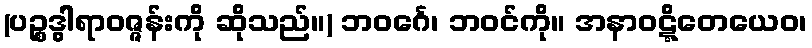
(ပဉ္စဒွါရာဝဇ္ဇန်းကို ဆိုသည်။) ဘဝင်္ဂေ၊ ဘဝင်ကို။ အနာဝဋ္ဋိတေယေဝ၊